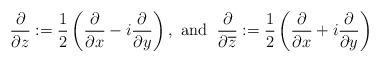
LaTeX: \begin{align*} \frac{\partial}{\partial z} := \frac12\left(\frac{\partial}{\partial x} - i \frac{\partial}{\partial y}\right), \mbox{ and } \; \frac{\partial}{\partial \overline{z}} := \frac12\left(\frac{\partial}{\partial x} + i \frac{\partial}{\partial y}\right) \end{align*}